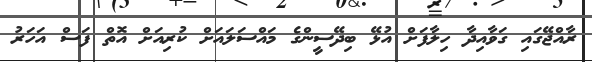
ރާއްޖޭގައި ގަވާއިދާ ހިލާފަށް އުޅޭ ބިދޭސީންގެ މައްސަލައަށް ކުރިއަށް އޮތް ފަސް އަހަރު